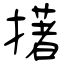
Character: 擆